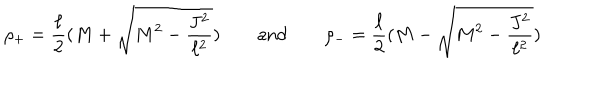
\rho _ { + } = \frac \ell 2 ( M + \sqrt { M ^ { 2 } - \frac { J ^ { 2 } } { \ell ^ { 2 } } } ) \qquad \mathrm { a n d } \qquad \rho _ { - } = \frac \ell 2 ( M - \sqrt { M ^ { 2 } - \frac { J ^ { 2 } } { \ell ^ { 2 } } } ) \qquad